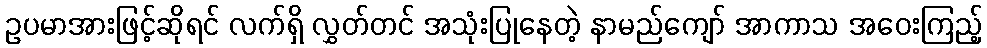
ဥပမာအားဖြင့်ဆိုရင် လက်ရှိ လွှတ်တင် အသုံးပြုနေတဲ့ နာမည်ကျော် အာကာသ အဝေးကြည့်